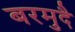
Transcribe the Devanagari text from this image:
बरमुदै